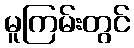
မူကြမ်းတွင်